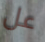
عل